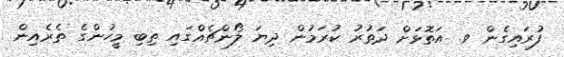
ފުރައިގެން ވ. އަތޮޅަށް ދަތުރު ކުރަމުން ދިޔަ ލޯންޗެއްގައި ތިބި މީހުންގެ ތެރެއިން